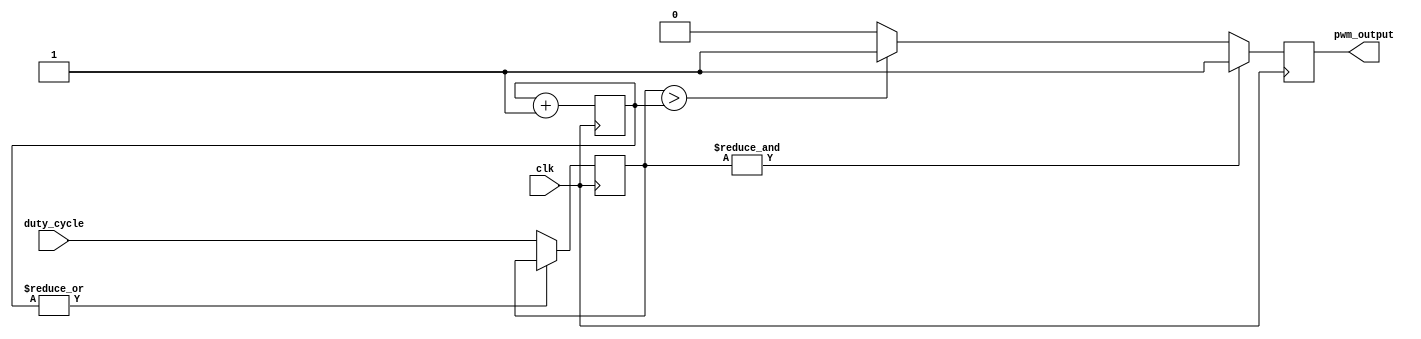
module mot_pwm(
	       input wire clk,
	       input wire [PWM_PRECISION_WIDTH-1:0] duty_cycle,
	       output wire pwm_output
	       );
   
   parameter PWM_PRECISION_WIDTH = 12;

   reg [PWM_PRECISION_WIDTH-1:0] duty_cycle_reg, temp_reg, old_dc;
   reg [PWM_PRECISION_WIDTH-1:0] pwm_count;
   
   reg 				 new_duty_cycle;
   reg 				 pwm_state;
   reg 				 got_new_dc;
   
   // synchronize changes to local register if d/c changes
   always @ (posedge clk) begin
      if (~|pwm_count) begin
         duty_cycle_reg <= duty_cycle; // only update when pwm_count is at 0 state
      end else begin
	 duty_cycle_reg <= duty_cycle_reg;
      end
   end

   // now PWM
   always @(posedge clk) begin
      pwm_count <= pwm_count + 1;
      if( &duty_cycle_reg ) begin
	 pwm_state <= 1'b1; // if duty cycle is 100%, don't glitch
      end else if( duty_cycle_reg > pwm_count ) begin
	 pwm_state <= 1'b1;
      end else begin
	 pwm_state <= 1'b0;
      end
   end // always @ (posedge clk or posedge reset)
   
   assign pwm_output = pwm_state;
   
endmodule